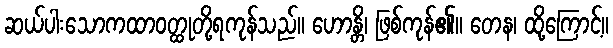
ဆယ်ပါးသောကထာဝတ္ထုတို့ရကုန်သည်။ ဟောန္တိ၊ ဖြစ်ကုန်၏။ တေန၊ ထို့ကြောင့်။